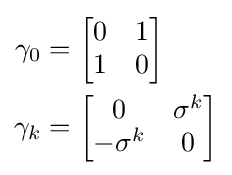
{\begin{aligned}\gamma _{0}&={\begin{bmatrix}0&1\\1&0\end{bmatrix}}\\\gamma _{k}&={\begin{bmatrix}0&\sigma ^{k}\\-\sigma ^{k}&0\end{bmatrix}}\end{aligned}}